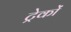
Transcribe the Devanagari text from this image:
ट्रेकों